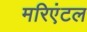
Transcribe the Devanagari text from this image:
मरिएंटल